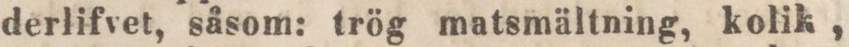
derlifvet, såsom: trög matsmältning, kolik,